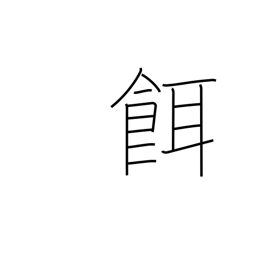
Meaning: prey